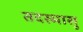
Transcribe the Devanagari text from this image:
तदस्मासु